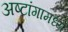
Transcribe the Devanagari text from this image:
अष्टांगामध्ये